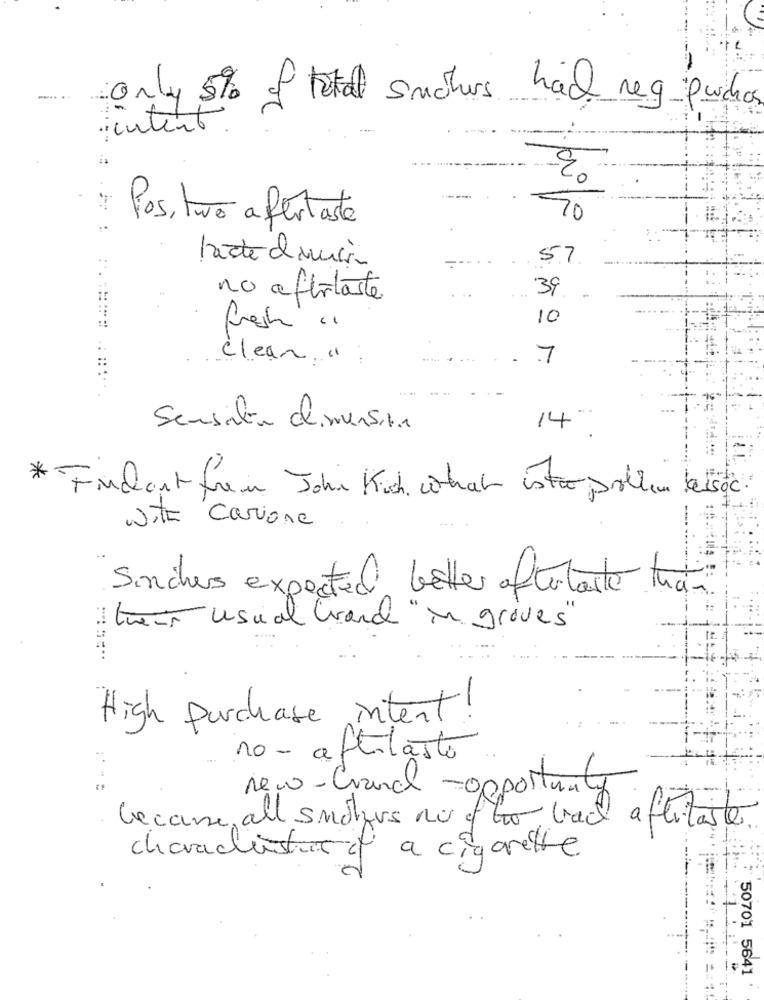
-.....
only 5% of total suchers had reg-purchas
: intent.
Pos, tuvo afertaste
70
57
39.
no afirtaste
10
Fresh "
clean ".
. 7
Sensibio diversite
14:
* Fondantfrei John Kich what istrer problem beisec.
with Carione
Sinches expected better aftertaste tudni
I tweas usual Grand " in groves"
High Purchase intent!
1-1
10 - aftilasto
new-Crunch -opportunity
Lecasse all smokers nu of lo vai aflitaste
charachitus of a cigarette
50701 5641